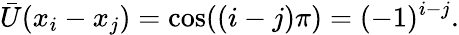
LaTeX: \bar{U}(x_{i}-x_{j})=\cos((i-j)\pi)=(-1)^{i-j}.